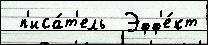
 п'иса́т'ель  Эфф'е́кт